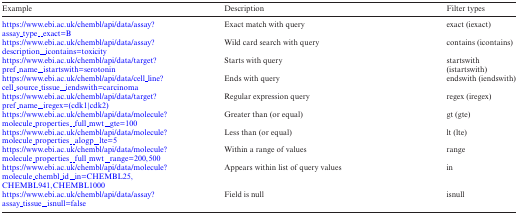
| Example | Description | Filter types |
 | --- | --- | --- |
 | https://www.ebi.ac.uk/chembl/api/data/assay?assay_type__exact=B | Exact match with query | exact (iexact) |
 | https://www.ebi.ac.uk/chembl/api/data/assay?description__icontains=toxicity | Wild card search with query | contains (icontains) |
 | https://www.ebi.ac.uk/chembl/api/data/target?pref_name__istartswith=serotonin | Starts with query | startswith (istartswith) |
 | https://www.ebi.ac.uk/chembl/api/data/cell_line?cell_source_tissue__iendswith=carcinoma | Ends with query | endswith (iendswith) |
 | https://www.ebi.ac.uk/chembl/api/data/target?pref_name__iregex=(cdk1|cdk2) | Regular expression query | regex (iregex) |
 | https://www.ebi.ac.uk/chembl/api/data/molecule?molecule_properties__full_mwt__gte=100 | Greater than (or equal) | gt (gte) |
 | https://www.ebi.ac.uk/chembl/api/data/molecule?molecule_properties__alogp__lte=5 | Less than (or equal) | lt (lte) |
 | https://www.ebi.ac.uk/chembl/api/data/molecule?molecule_properties__full_mwt__range=200,500 | Within a range of values | range |
 | https://www.ebi.ac.uk/chembl/api/data/molecule?molecule_chembl_id__in=CHEMBL25,CHEMBL941,CHEMBL1000 | Appears within list of query values | in |
 | https://www.ebi.ac.uk/chembl/api/data/assay?assay_tissue__isnull=false | Field is null | isnull |